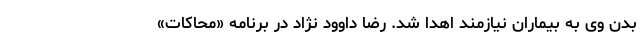
بدن وی به بیماران نیازمند اهدا شد. رضا داوود نژاد در برنامه «محاکات»